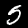
Label: 5